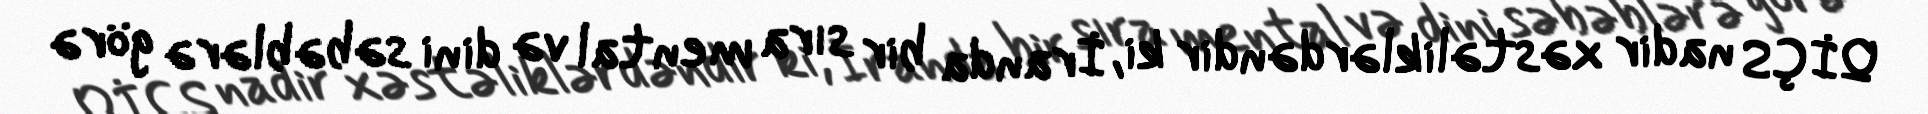
QİÇS nadir xəstəliklərdəndir ki, İranda bir sıra mental və dini səbəblərə görə